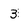
Character: 3